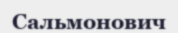
Сальмонович